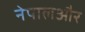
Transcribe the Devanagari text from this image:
नेपालऔर